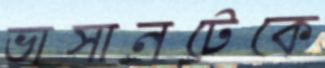
ভাসানটেকে